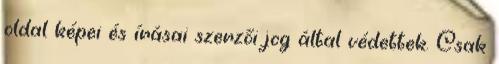
oldal képei és írásai szerzői jog által védettek. Csak